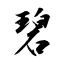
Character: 碧